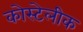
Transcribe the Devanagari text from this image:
कोस्टेलीक